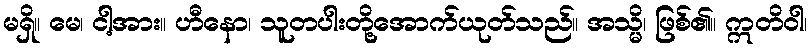
မရှိ။ မေ၊ ငါ့အား။ ဟီနော၊ သူတပါးတို့အောက်ယုတ်သည်။ အသ္မိ၊ ဖြစ်၏။ ဣတိဝါ၊